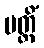
ပတ္တိံ